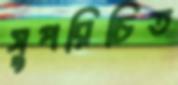
সুপরিচিত